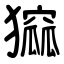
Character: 㺠